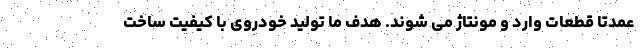
عمدتا قطعات وارد و مونتاژ می شوند. هدف ما تولید خودروی با کیفیت ساخت